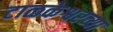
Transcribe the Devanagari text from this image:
टाळकेश्वरच्या